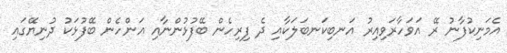
އެމަނިކުފާނު ރޭ އަވަހާރަވިއިރު އަނބިކަނބަލަކާއި ދެ ފިރިހެން ބޭފުޅުންނާއި އަންހެން ބޭފުޅަކު ދުނިޔޭގައި